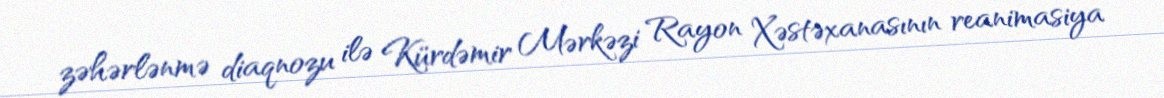
zəhərlənmə diaqnozu ilə Kürdəmir Mərkəzi Rayon Xəstəxanasının reanimasiya